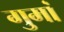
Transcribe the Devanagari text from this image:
गुमां